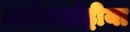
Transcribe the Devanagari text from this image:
अलेक्झांड्रीया